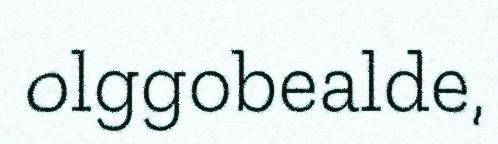
olggobealde,